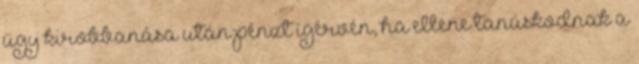
ügy kirobbanása után pénzt ígérvén, ha ellene tanúskodnak a